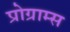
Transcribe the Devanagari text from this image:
प्रोग्राम्‍स